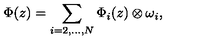
\Phi ( z ) = \sum _ { i = 2 , . . . , N } \Phi _ { i } ( z ) \otimes \omega _ { i } ,